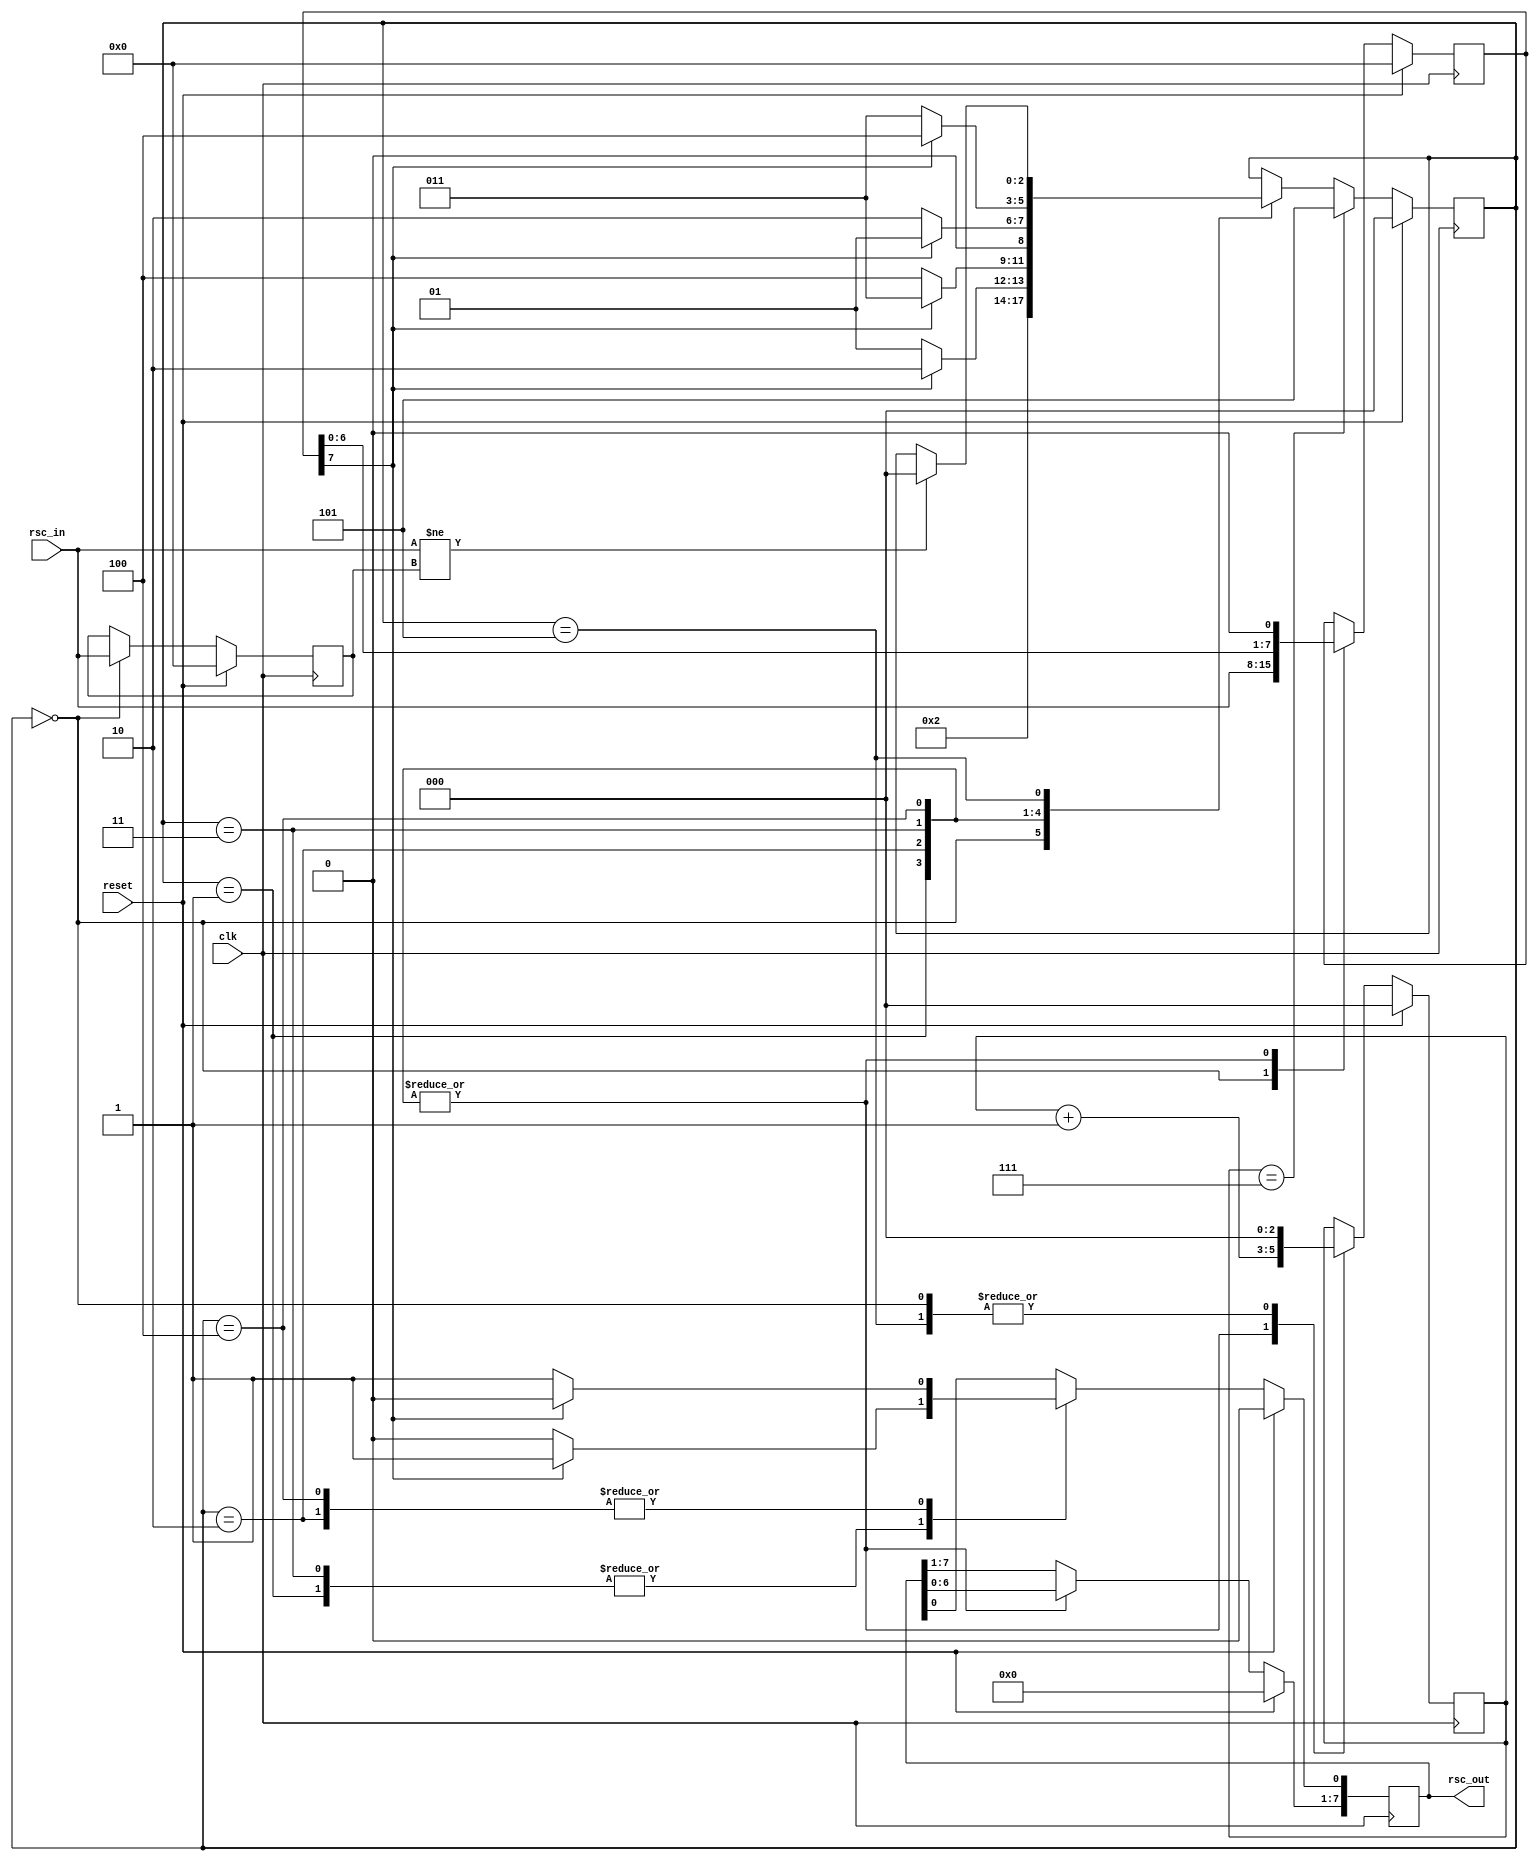
module CodorConvolutional1(clk,reset,rsc_in,rsc_out
	);
	
	input      clk , reset;
	input      [Width-1:0] rsc_in;
	output reg [Width-1:0] rsc_out;

	parameter Width=8;//LATIMEA VECTORULUI

	localparam initial_state = 3'b000;
	localparam state0        = 3'b001;
	localparam state1        = 3'b010;
	localparam state2        = 3'b011;
	localparam state3        = 3'b100;
	localparam final_state   = 3'b101;

	reg [Width-1:0] reg_temp = 8'b0;//REGISTRU AJUTOR
	reg [Width-1:0] r_rsc_in = 8'b0;//REGISTRU AJUTOR FSM
	reg [2:0] contor         = 3'b0;//CONTOR pentru a opri FSM-ul
	reg [2:0] state          = 3'b000;//FSM


	always@(posedge clk) begin
		if(reset) begin
			state    <= initial_state;
			contor   <= 4'b0;
			r_rsc_in <= 8'b0;
			reg_temp <= 8'b0;
			rsc_out  <= 8'b0;
		end else begin
			case(state)
                                //FSM MOORE --> Respecta diagrama cu stari finita din documentatie
				initial_state: begin //STARE INITIALA->INCARCARE REGISTRII
					r_rsc_in <= rsc_in;
					reg_temp <= rsc_in;
					state    <= state0;
					contor   <= 4'b0;
				end
				
				state0: begin
					if(r_rsc_in[Width-1] == 1'b0) begin
						rsc_out    <= rsc_out << 1;
						rsc_out[0] <= 1'b0;
						state      <= state0;
					end else
						if(r_rsc_in[Width-1] == 1'b1) begin
							rsc_out     <= rsc_out << 1;
							rsc_out[0 ] <= 1'b1;
							state       <= state1;
						end
				r_rsc_in <= r_rsc_in << 1;
				contor   <= contor + 1'b1;
				end
				
				state1: begin
					if(r_rsc_in[Width-1] == 1'b0) begin
						rsc_out    <= rsc_out << 1;
						rsc_out[0] <= 1'b1;
						state      <= state3;
					end else
						if(r_rsc_in[Width-1] == 1'b1) begin
							rsc_out    <= rsc_out << 1;
							rsc_out[0] <= 1'b0;
							state      <= state2;
						end
				r_rsc_in <= r_rsc_in << 1;
				contor   <= contor + 1'b1;
				end
				
				state2: begin
					if(r_rsc_in[Width-1] == 1'b0) begin
						rsc_out    <= rsc_out << 1;
						rsc_out[0] <= 1'b0;
						state      <= state1;
					end else
						if(r_rsc_in[Width-1] == 1'b1) begin
							rsc_out    <= rsc_out << 1;
							rsc_out[0] <= 1'b1;
							state      <= state0;
						end
				r_rsc_in <= r_rsc_in << 1;
				contor   <= contor + 1'b1;
				end
				
				state3: begin
					if(r_rsc_in[Width-1] == 1'b0) begin
						rsc_out    <= rsc_out << 1;
						rsc_out[0] <= 1'b1;
						state      <= state2;
					end else
						if(r_rsc_in[Width-1] == 1'b1) begin
							rsc_out    <= rsc_out << 1;
							rsc_out[0] <= 1'b0;
							state      <= state3;
						end
				r_rsc_in <= r_rsc_in << 1;
				contor   <= contor + 1'b1;
				end
				
				final_state: begin //STAREA FINALA
				contor <= 3'b0;
					if(rsc_in != reg_temp) begin
						state <= initial_state;
					end
				end
			endcase
			if(contor == Width-1) begin
				state <= final_state;
			end
		end
	end
endmodule